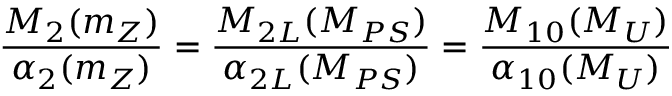
\frac { M _ { 2 } ( m _ { Z } ) } { \alpha _ { 2 } ( m _ { Z } ) } = \frac { M _ { 2 L } ( M _ { P S } ) } { \alpha _ { 2 L } ( M _ { P S } ) } = \frac { M _ { 1 0 } ( M _ { U } ) } { \alpha _ { 1 0 } ( M _ { U } ) }